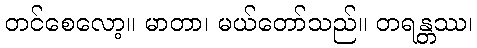
တင်စေလော့။ မာတာ၊ မယ်တော်သည်။ တရန္တဿ၊